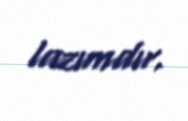
lazımdır.